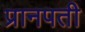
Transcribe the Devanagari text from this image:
प्रानपती